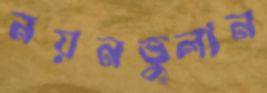
নয়নভুলান